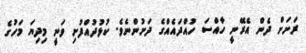
ރަށަށް ދެން އެރޭނީ ހާއްސަ ހުއްދައެއްގެ ދަށުންނެވެ. ކުޅުދުއްފުށި ވަނީ މިދިޔަ މަހުގެ